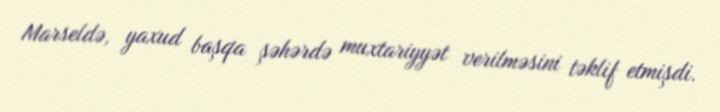
Marseldə, yaxud başqa şəhərdə muxtariyyət verilməsini təklif etmişdi.